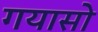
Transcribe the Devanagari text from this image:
गयासो